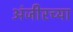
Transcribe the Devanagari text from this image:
अंजीरच्या